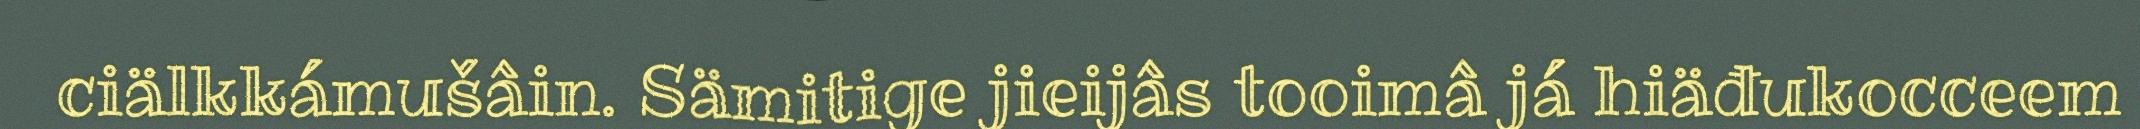
ciälkkámušâin. Sämitige jieijâs tooimâ já hiäđukocceem